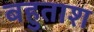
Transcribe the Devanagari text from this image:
बहुताश